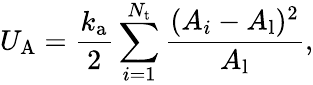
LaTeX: U_{\mathrm{A}}=\frac{k_{\mathrm{a}}}{2}\sum_{i=1}^{N_{\mathrm{t}}}\frac{(A_{i}-A_{\mathrm{l}})^{2}}{A_{\mathrm{l}}},